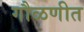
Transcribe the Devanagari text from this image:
गौळणीत